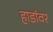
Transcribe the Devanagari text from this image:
हाडांवर